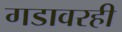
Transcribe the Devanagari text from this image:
गडावरही